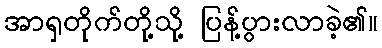
အာရှတိုက်တို့သို့ ပြန့်ပွားလာခဲ့၏။